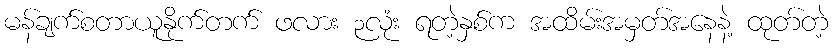
မန်ချက်စတာယူနိုက်တက် ဖလား ၃လုံး ရတဲ့နှစ်က အထိမ်းအမှတ်အနေနဲ့ ထုတ်တဲ့